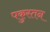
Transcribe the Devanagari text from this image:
पकुस्तन